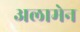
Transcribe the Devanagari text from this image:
अलामेन